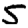
Digit: 5